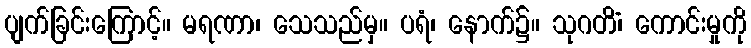
ပျက်ခြင်းကြောင့်။ မရဏာ၊ သေသည်မှ။ ပရံ၊ နောက်၌။ သုဂတိံ၊ ကောင်းမှုကို